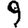
Digit: 9